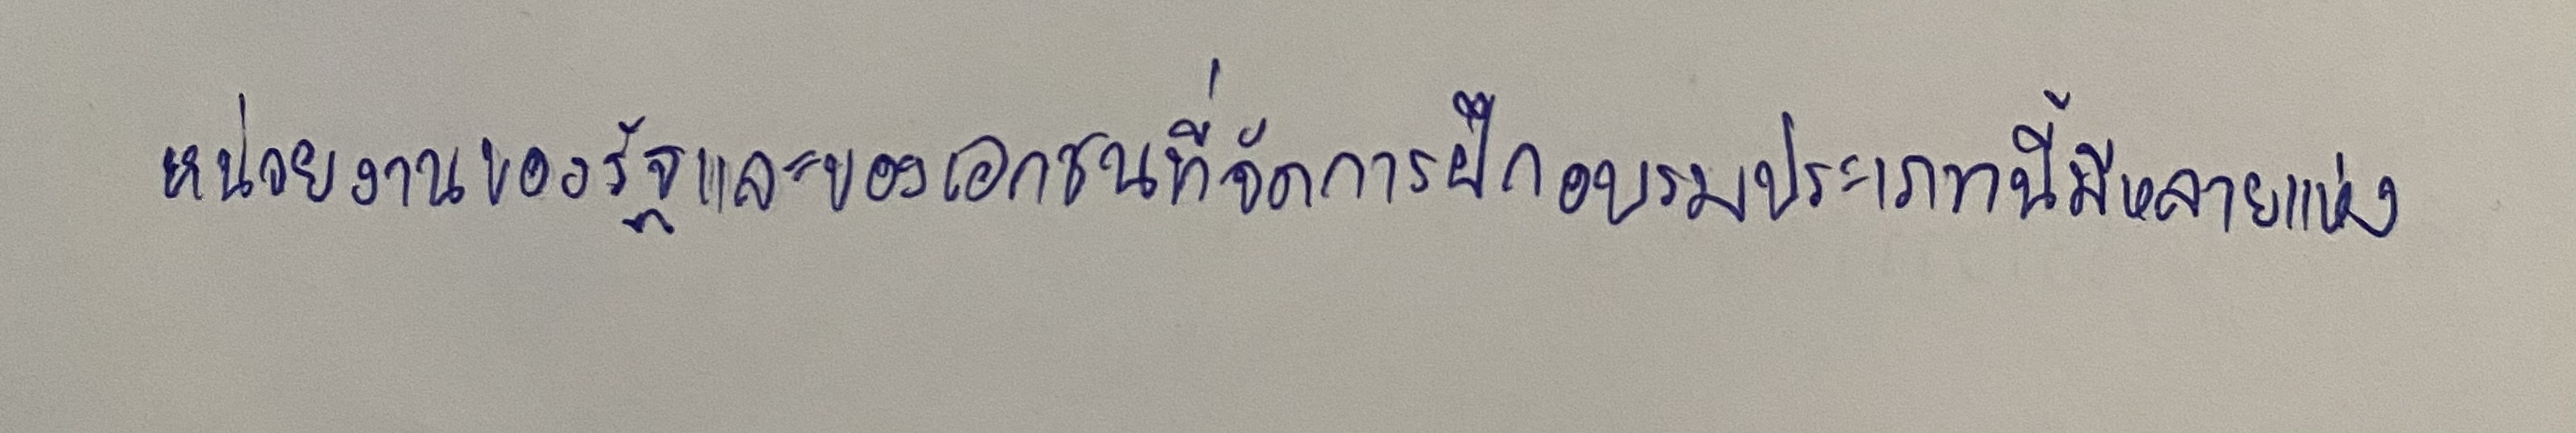
หน่วยงานของรัฐและของเอกชนที่จัดการฝึกอบรมประเภทนี้มีหลายแห่ง